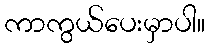
ကာကွယ်ပေးမှာပါ။